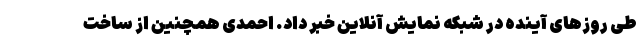
طی روزهای آینده در شبکه نمایش آنلاین خبر داد. احمدی همچنین از ساخت